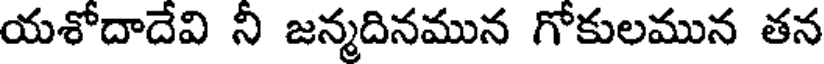
యశోదాదేవి నీ జన్మదినమున గోకులమున తన